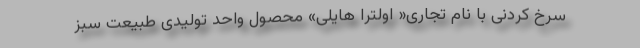
سرخ کردنی با نام تجاری« اولترا هایلی» محصول واحد تولیدی طبیعت سبز